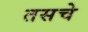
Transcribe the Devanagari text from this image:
तसचे